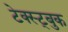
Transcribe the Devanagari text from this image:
टेक्स्ट्बुक